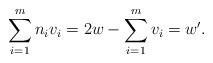
\begin{align*} \sum_{i=1}^{m} n_i v_i = 2w- \sum_{i=1}^{m} v_i=w'.\end{align*}